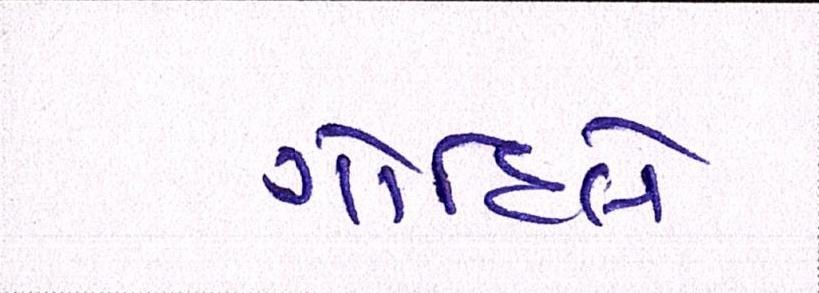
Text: ગોહિલે